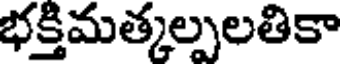
భక్తిమత్కల్పలతికా